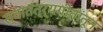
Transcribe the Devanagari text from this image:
स्वातंत्र्यगीतांतून